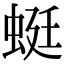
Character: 蜓